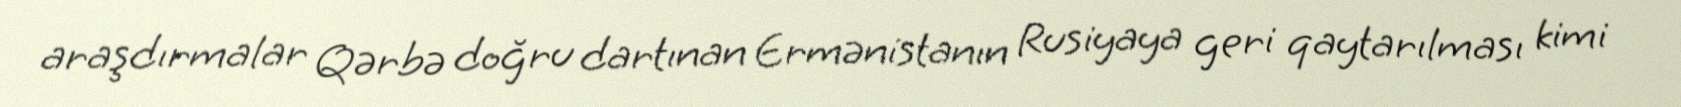
araşdırmalar Qərbə doğru dartınan Ermənistanın Rusiyaya geri qaytarılması kimi